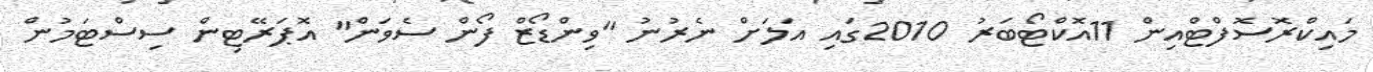
މައިކްރޮސޮފްޓްއިން 11އޮކްޓޯބަރު 2010ގައި އަލަށް ނެރުނު "ވިންޑޯޒް ފޯން ސެވަން" އޮޕަރޭޓިން ސިސްޓަމުން